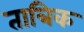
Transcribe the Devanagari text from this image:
तात्रिक